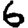
Digit: 6